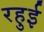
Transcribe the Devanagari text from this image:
रहुई